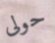
حولى